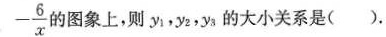
- \frac { 6 } { x }$$ 图象上，则y_{1}，y_{2}，y_{3}的大小关系是( ).